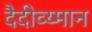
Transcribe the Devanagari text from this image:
दैदीव्य्मान